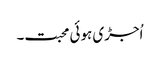
اُجڑی ہوئی محبت۔